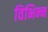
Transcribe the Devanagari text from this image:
विभिन्‍न